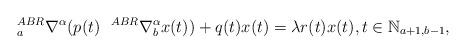
LaTeX: \begin{align*} ~^{ABR}_{a}\nabla^{\alpha}(p(t)~~^{ABR}\nabla_b^\alpha x(t))+q(t)x(t)=\lambda r(t) x(t),t\in \mathbb{N}_{a+1,b-1},\end{align*}